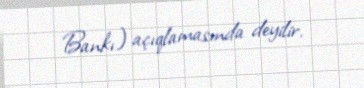
Bankı) açıqlamasında deyilir.